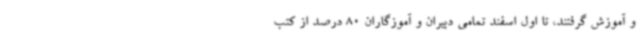
و آموزش گرفتند، تا اول اسفند تمامی دبیران و آموزگاران 80 درصد از کتب